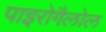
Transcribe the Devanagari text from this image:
पाइरोगैलोल